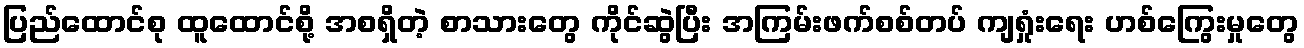
ပြည်ထောင်စု ထူထောင်စို့ အစရှိတဲ့ စာသားတွေ ကိုင်ဆွဲပြီး အကြမ်းဖက်စစ်တပ် ကျရှုံးရေး ဟစ်ကြွေးမှုတွေ